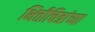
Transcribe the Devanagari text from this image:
भित्तीचित्रांच्या